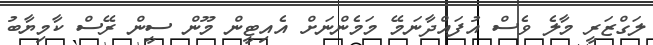
ލަގްޒަރީ މާލެ ވެސް އުފައްދާނަމޭ މަމެންނަށް އެއިޓީން މޫން ސީން ރޭސް ކާމިޔާބު